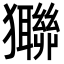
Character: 㺦